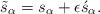
LaTeX: \begin{align*}\tilde{s}_{\alpha}=s_{\alpha}+\epsilon\acute{s}_{\alpha}.\end{align*}